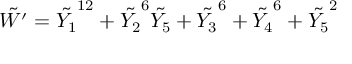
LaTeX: \tilde { W ^ { \prime } } = \tilde { Y _ { 1 } } ^ { 1 2 } + \tilde { Y _ { 2 } } ^ { 6 } \tilde { Y _ { 5 } } + \tilde { Y _ { 3 } } ^ { 6 } + \tilde { Y _ { 4 } } ^ { 6 } + \tilde { Y _ { 5 } } ^ { 2 }